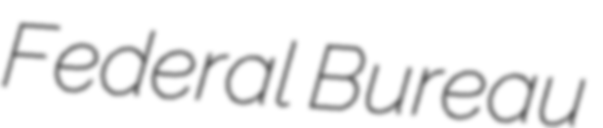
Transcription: Federal Bureau